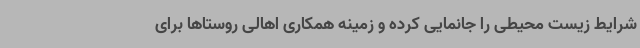
شرایط زیست محیطی را جانمایی کرده و زمینه همکاری اهالی روستاها برای